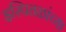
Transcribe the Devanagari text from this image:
इस्पितळांच्या